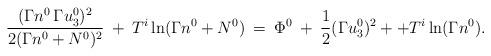
LaTeX: \begin{align*} \frac{(\Gamma n^0 \, \Gamma u^0_3)^2}{2 (\Gamma n^0 + N^0)^2} \: + \: T^i \ln(\Gamma n^0 + N^0) \: = \: \Phi^0 \:+ \: \frac{1}{2} (\Gamma u^0_3)^2 + + T^i \ln(\Gamma n^0). \end{align*}